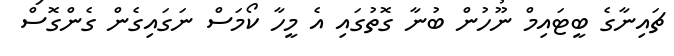
ޗައިނާގެ ބީޓައިމް ނޫހުން ބުނާ ގޮތުގައި އެ މީހާ ކޯމަސް ނަގައިގެން ގެންގޮސް